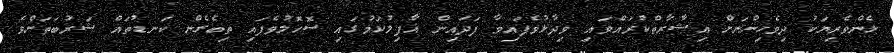
ޅެންވެރިޔަކު ދިވެހިންނަށް އިޝާރާތްކުރައްވައި ވިދާޅުވެފައިވާ ފަދައިން ޣާފިލުކަމުގައި ސޮހޮލުވެފައި ތިބެގެން ކަނޑުތައް ޝަރުބަތަށްވެ